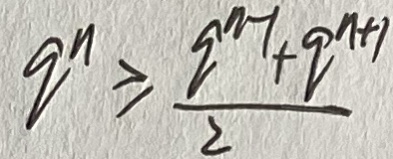
q ^ { n } \geq \frac { q ^ { n - 1 } + q ^ { n + 1 } } { 2 }